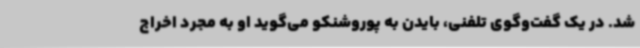
شد. در یک گفت‌وگوی تلفنی، بایدن به پوروشنکو می‌گوید او به مجرد اخراج